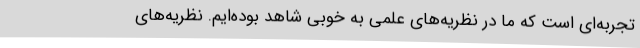
تجربه‌ای است که ما در نظریه‌های علمی به خوبی شاهد بوده‌ایم. نظریه‌های